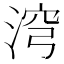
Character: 𣶆